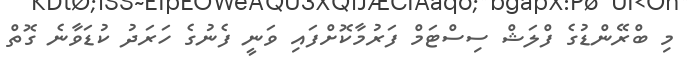
މި ބްރޭންޑުގެ ފްލަޝް ސިސްޓަމް ފަރުމާކޮށްފައި ވަނީ ފެނުގެ ހަރަދު ކުޑަވާނެ ގޮތް